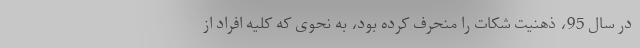
در سال 95، ذهنیت شکات را منحرف کرده بود، به نحوی که کلیه افراد از